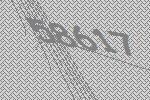
58617